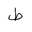
Letter: _da